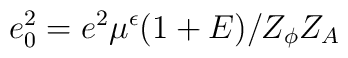
e_0^2 =e^2 \mu^{\epsilon} (1+E)/Z_\phi Z_A